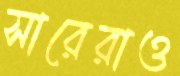
সারেরাও